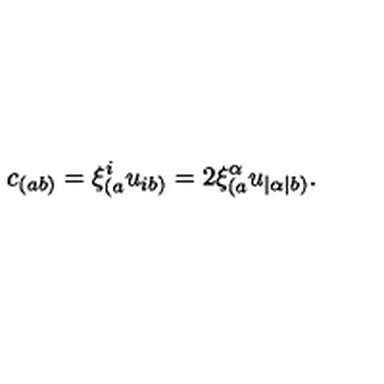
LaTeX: c _ { ( a b ) } = \xi _ { ( a } ^ { i } u _ { i b ) } = 2 \xi _ { ( a } ^ { \alpha } u _ { | \alpha | b ) } .